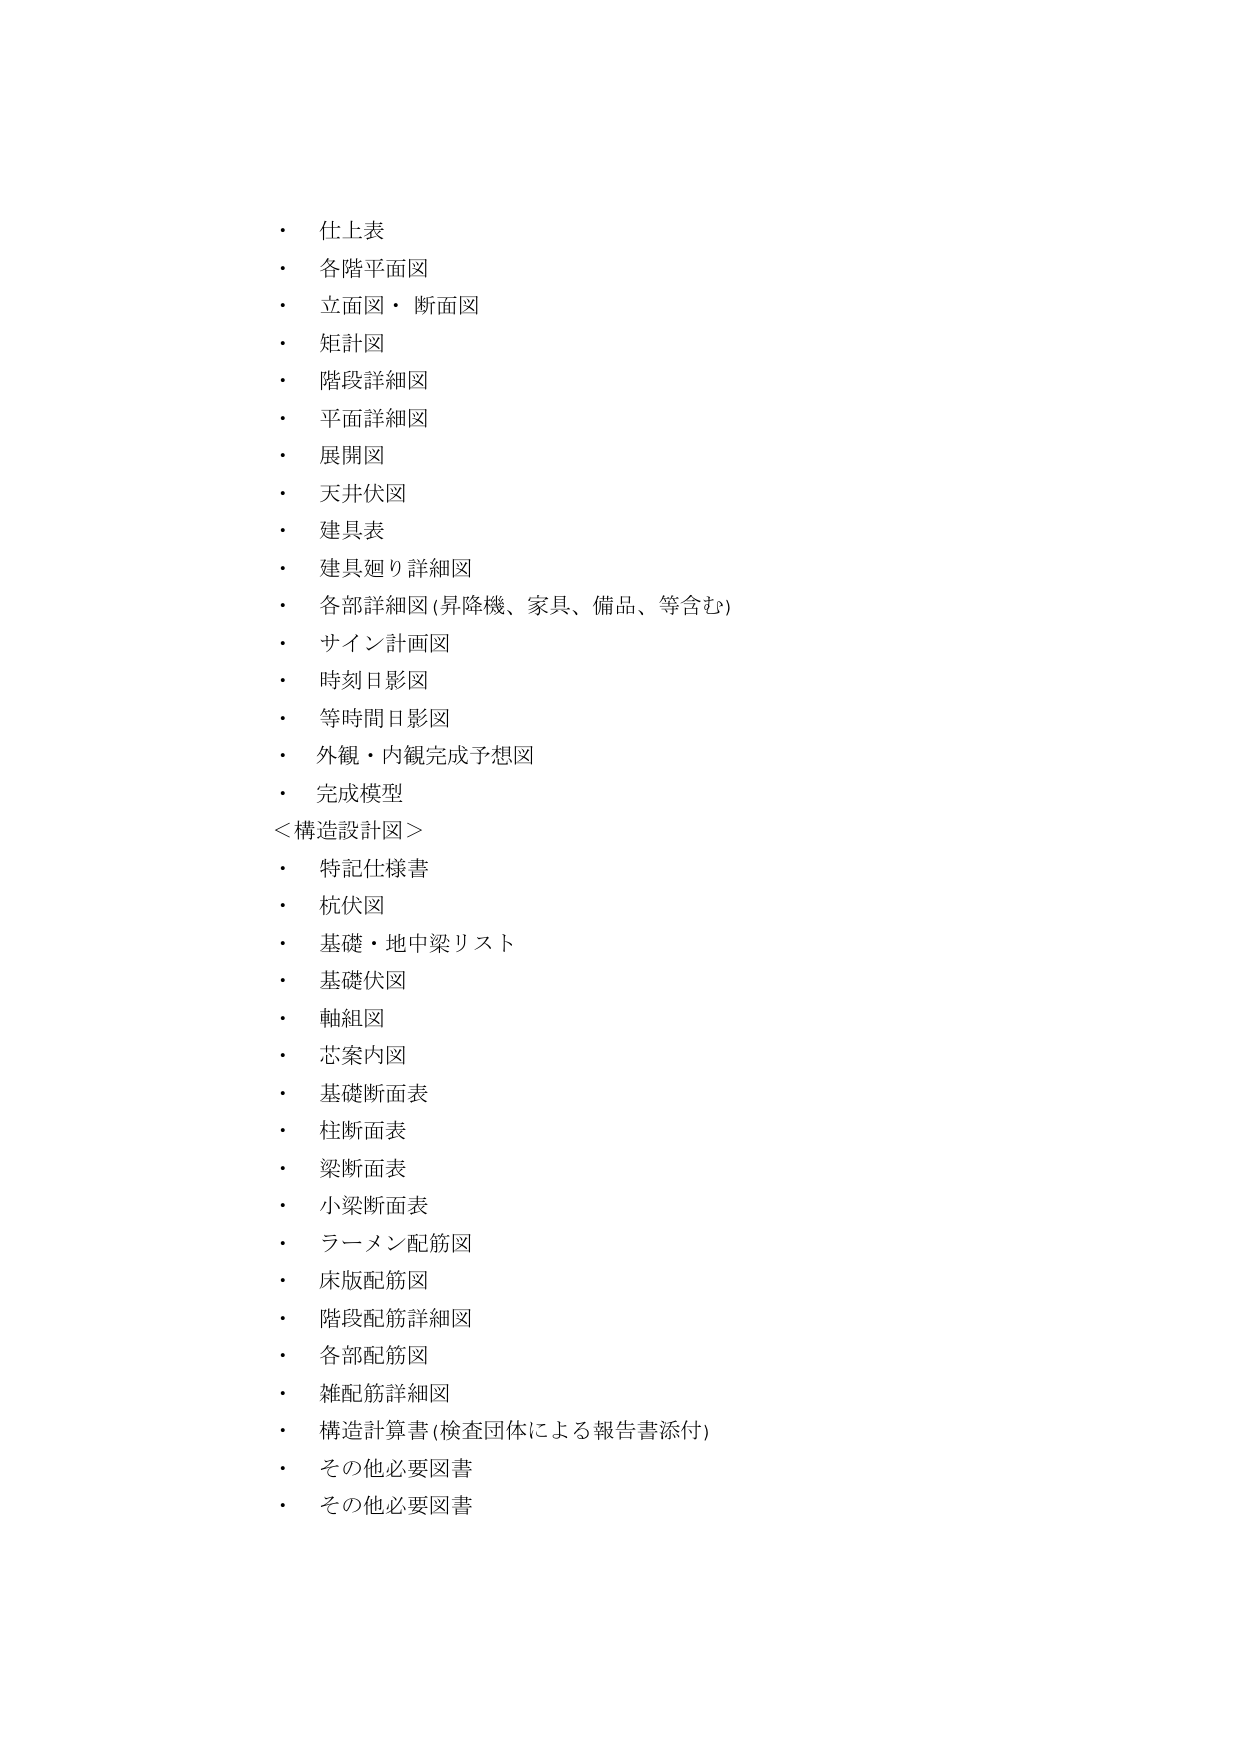
・ 仕上表
・ 各階平面図
・ 立面図・断面図
・ 矩計図
・ 階段詳細図
・ 平面詳細図
・ 展開図
・ 天井伏図
・ 建具表
・ 建具廻り詳細図
・ 各部詳細図 (昇降機、家具、備品、等含む)
・ サイン計画図
・ 時刻日影図
・ 等時間日影図
・ 外観・内観完成予想図
・ 完成模型
＜構造設計図＞
・ 特記仕様書
・ 杭伏図
・ 基礎・地中梁リスト
・ 基礎伏図
・ 軸組図
・ 芯案内図
・ 基礎断面表
・ 柱断面表
・ 梁断面表
・ 小梁断面表
・ ラーメン配筋図
・ 床版配筋図
・ 階段配筋詳細図
・ 各部配筋図
・ 雑配筋詳細図
・ 構造計算書 (検査団体による報告書添付)
・ その他必要図書
・ その他必要図書